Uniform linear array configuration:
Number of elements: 32
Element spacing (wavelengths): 0.75
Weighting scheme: cosine
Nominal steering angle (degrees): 15
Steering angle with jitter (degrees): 13.21
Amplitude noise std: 0.05
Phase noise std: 0.05

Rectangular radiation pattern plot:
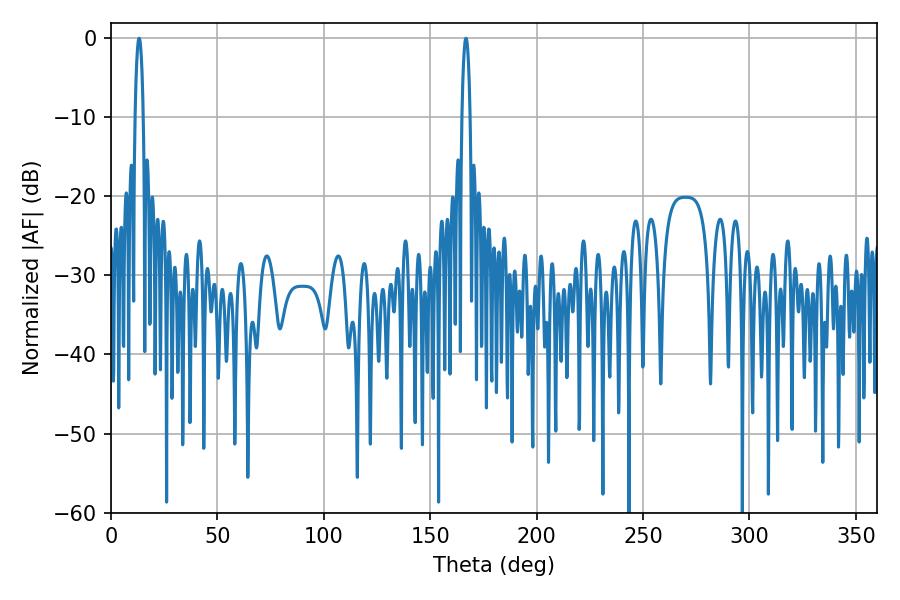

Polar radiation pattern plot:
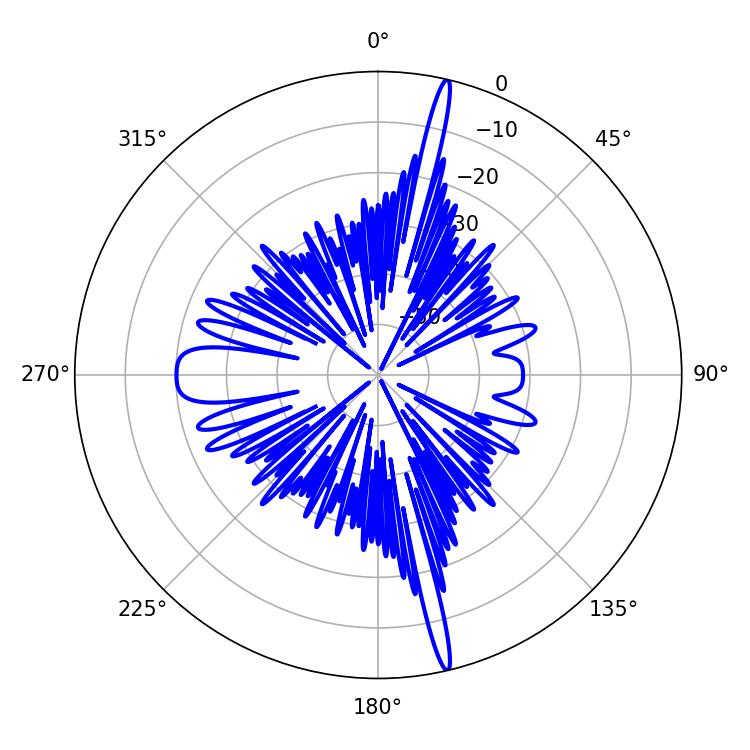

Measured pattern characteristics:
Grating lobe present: TRUE
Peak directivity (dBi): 20.914
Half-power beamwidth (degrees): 1.98
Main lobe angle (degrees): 166.86